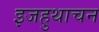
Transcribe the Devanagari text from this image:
इजहुथाचन